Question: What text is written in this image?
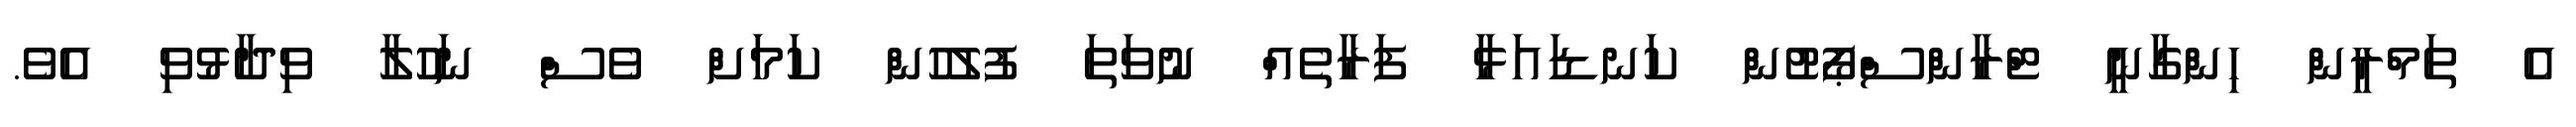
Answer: އެ ތަމްރީން ހިންގާނީ ޓްރާންސްޕޯޓުން ކަނޑައަޅާ ފަރާތެއް ނުވަތަ ފުލުހުން ކަމަށް ވެސް ނަހުލާ ވިދާޅުވި އެވެ.